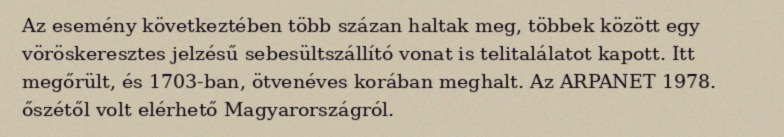
Az esemény következtében több százan haltak meg, többek között egy vöröskeresztes jelzésű sebesültszállító vonat is telitalálatot kapott. Itt megőrült, és 1703-ban, ötvenéves korában meghalt. Az ARPANET 1978. őszétől volt elérhető Magyarországról.